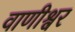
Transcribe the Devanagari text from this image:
वाणीश्वर